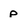
Character: p